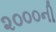
૨૦૦૦ની